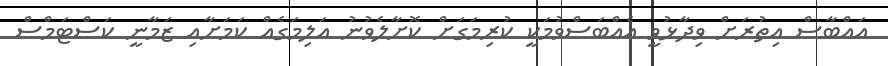
އައްބާސް އިތުރަށް ވިދާޅުވީ އެއްބަސްވުމަކީ ކުރިމަގަށް ކޮށާލެވުނު އަލިމަގެއް ކަމަށާއި ޒަމާނީ ކަސްޓަމްސް